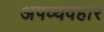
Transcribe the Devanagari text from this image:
अपव्यवहार